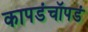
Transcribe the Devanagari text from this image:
कापडंचॉपडं